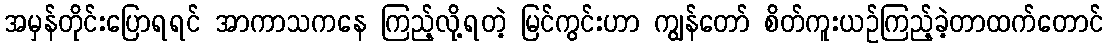
အမှန်တိုင်းပြောရရင် အာကာသကနေ ကြည့်လို့ရတဲ့ မြင်ကွင်းဟာ ကျွန်တော် စိတ်ကူးယဉ်ကြည့်ခဲ့တာထက်တောင်